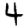
Digit: 4